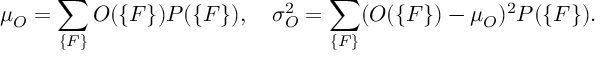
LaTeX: \mu _ { O } = \sum _ { \{ { \cal F } \} } O ( \{ { \cal F } \} ) P ( \{ { \cal F } \} ) , \quad \sigma _ { O } ^ { 2 } = \sum _ { \{ { \cal F } \} } ( O ( \{ { \cal F } \} ) - \mu _ { O } ) ^ { 2 } P ( \{ { \cal F } \} ) .